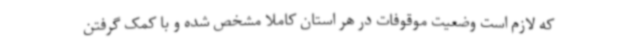
که لازم است وضعیت موقوفات در هر استان کاملا مشخص شده و با کمک گرفتن